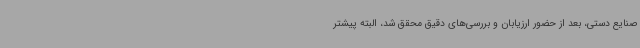
صنایع دستی، بعد از حضور ارزیابان و بررسی‌های دقیق محقق شد، البته پیشتر